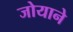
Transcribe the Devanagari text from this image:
जोयाने